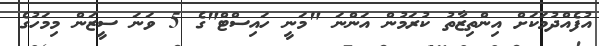
އުފެއްދުމަކަށް އިންތިޒާތު ކުރަމުން އަންނަ "މަނީ ހައިސްޓް"ގެ 5 ވަނަ ސީޒަން މިމަހުގެ